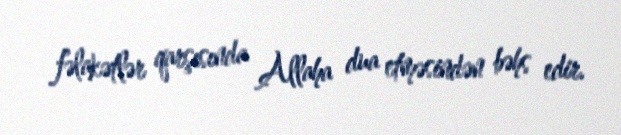
fəlakətlər qarşısında Allaha dua etməsindən bəhs edir.